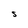
Character: S